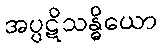
အပ္ပဋိသန္ဓိယော